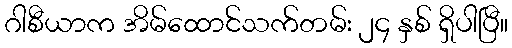
ဂါစီယာက အိမ်ထောင်သက်တမ်း ၂၄ နှစ် ရှိပါပြီ။